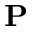
\textbf { P }